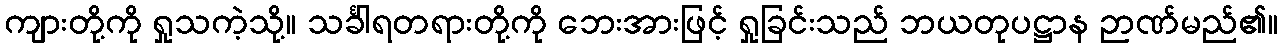
ကျားတို့ကို ရှုသကဲ့သို့။ သင်္ခါရတရားတို့ကို ဘေးအားဖြင့် ရှုခြင်းသည် ဘယတုပဋ္ဌာန ဉာဏ်မည်၏။